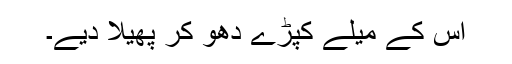
اس کے میلے کپڑے دھو کر پھیلا دیے۔